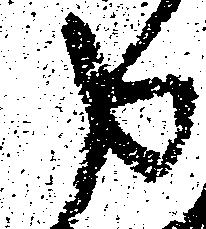
申